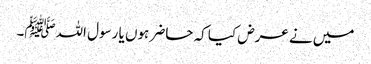
میں نے عرض کیا کہ حاضر ہوں یا رسول اللہﷺ۔